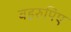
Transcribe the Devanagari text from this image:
बहरुपिए